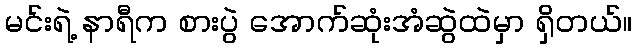
မင်းရဲ့ နာရီက စားပွဲ အောက်ဆုံးအံဆွဲထဲမှာ ရှိတယ်။